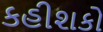
કહીશકો